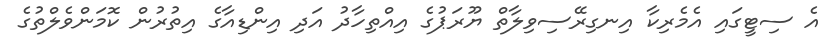
އެ ސިޓީގައި އެމެރިކާ އިނގިރޭސިވިލާތް ޔޫރަޕުގެ އިއްތިހާދު އަދި އިންޑިއާގެ އިތުރުން ކޮމަންވެލްތުގެ